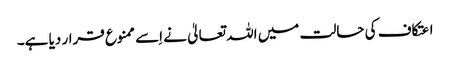
اعتکاف کی حالت میں اللہ تعالیٰ نے اِسے ممنوع قرار دیا ہے۔